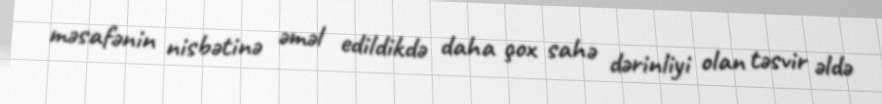
məsafənin nisbətinə əməl edildikdə daha çox sahə dərinliyi olan təsvir əldə